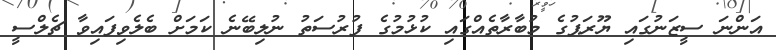
އަންނަ ސީޒަނުގައި ޔޫރަޕުގެ މުބާރާތެއްގައި ކުޅުމުގެ ފުރުސަތު ނުލިބޭނެ ކަމަށް ބެލެވިފައިވާ ޗެލްސީ